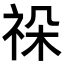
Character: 𥙨